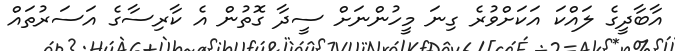
އާބާދީގެ ލައްކަ އަކަށްވުރެ ގިނަ މީހުންނަށް ސީދާ ގޮތުން އެ ކާރިސާގެ އަސަރުތައް